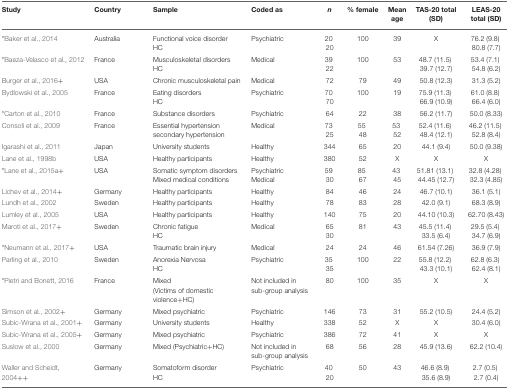
<table><thead><tr><td><b>Study</b></td><td><b>Country</b></td><td><b>Sample</b></td><td><b>Coded as</b></td><td><b><i>n</i></b></td><td><b>% female</b></td><td><b>Mean age</b></td><td><b>TAS-20 total (SD)</b></td><td><b>LEAS-20 total (SD)</b></td></tr></thead><tbody><tr><td><sup>*</sup>Baker et al., 2014</td><td>Australia</td><td>Functional voice disorderHC</td><td>Psychiatric</td><td>2020</td><td>100</td><td>39</td><td>X</td><td>76.2 (9.8)80.8 (7.7)</td></tr><tr><td><sup>*</sup>Baeza-Velasco et al., 2012</td><td>France</td><td>Musculoskeletal disordersHC</td><td>Medical</td><td>3922</td><td>100</td><td>53</td><td>48.7 (11.5)39.7 (12.7)</td><td>53.4 (7.1)54.8 (6.2)</td></tr><tr><td>Burger et al., 2016<sup>+</sup></td><td>USA</td><td>Chronic musculoskeletal pain</td><td>Medical</td><td>72</td><td>79</td><td>49</td><td>50.8 (12.3)</td><td>31.3 (5.2)</td></tr><tr><td>Bydlowski et al., 2005</td><td>France</td><td>Eating disordersHC</td><td>Psychiatric</td><td>7070</td><td>100</td><td>19</td><td>75.9 (11.3)66.9 (10.9)</td><td>61.0 (8.8)66.4 (6.0)</td></tr><tr><td><sup>*</sup>Carton et al., 2010</td><td>France</td><td>Substance disorders</td><td>Psychiatric</td><td>64</td><td>22</td><td>38</td><td>56.2 (11.7)</td><td>50.0 (8.33)</td></tr><tr><td>Consoli et al., 2009</td><td>France</td><td>Essential hypertension secondary hypertension</td><td>Medical</td><td>7325</td><td>5548</td><td>5352</td><td>52.4 (11.6)48.4 (12.1)</td><td>46.2 (11.5)52.8 (8.4)</td></tr><tr><td>Igarashi et al., 2011</td><td>Japan</td><td>University students</td><td>Healthy</td><td>344</td><td>65</td><td>20</td><td>44.1 (9.4)</td><td>50.0 (9.38)</td></tr><tr><td>Lane et al., 1998b</td><td>USA</td><td>Healthy participants</td><td>Healthy</td><td>380</td><td>52</td><td>X</td><td>X</td><td>X</td></tr><tr><td><sup>*</sup>Lane et al., 2015a<sup>+</sup></td><td>USA</td><td>Somatic symptom disordersMixed medical conditions</td><td>PsychiatricMedical</td><td>5930</td><td>8567</td><td>4345</td><td>51.81 (13.1)44.45 (12.7)</td><td>32.8 (4.28)32.3 (4.85)</td></tr><tr><td>Lichev et al., 2014<sup>+</sup></td><td>Germany</td><td>Healthy participants</td><td>Healthy</td><td>84</td><td>46</td><td>24</td><td>46.7 (10.1)</td><td>36.1 (5.1)</td></tr><tr><td>Lundh et al., 2002</td><td>Sweden</td><td>Healthy participants</td><td>Healthy</td><td>78</td><td>83</td><td>28</td><td>42.0 (9.1)</td><td>68.3 (8.9)</td></tr><tr><td>Lumley et al., 2005</td><td>USA</td><td>Healthy participants</td><td>Healthy</td><td>140</td><td>75</td><td>20</td><td>44.10 (10.3)</td><td>62.70 (8.43)</td></tr><tr><td>Maroti et al., 2017<sup>+</sup></td><td>Sweden</td><td>Chronic fatigueHC</td><td>Medical</td><td>65 30</td><td>81</td><td>43</td><td>45.5 (11.4)33.5 (6.4)</td><td>29.5 (5.4)34.7 (6.9)</td></tr><tr><td><sup>*</sup>Neumann et al., 2017<sup>+</sup></td><td>USA</td><td>Traumatic brain injury</td><td>Medical</td><td>24</td><td>24</td><td>46</td><td>61.54 (7.26)</td><td>36.9 (7.9)</td></tr><tr><td>Parling et al., 2010</td><td>Sweden</td><td>Anorexia NervosaHC</td><td>Psychiatric</td><td>3535</td><td>100</td><td>22</td><td>55.8 (12.2)43.3 (10.1)</td><td>62.8 (6.3)62.4 (8.1)</td></tr><tr><td><sup>*</sup>Pietri and Bonett, 2016</td><td>France</td><td>Mixed(Victims of domestic violence+HC)</td><td>Not included in sub-group analysis</td><td>80</td><td>100</td><td>35</td><td>X</td><td>X</td></tr><tr><td>Simson et al., 2002<sup>+</sup></td><td>Germany</td><td>Mixed psychiatric</td><td>Psychiatric</td><td>146</td><td>73</td><td>31</td><td>55.2 (10.5)</td><td>24.4 (5.2)</td></tr><tr><td>Subic-Wrana et al., 2001<sup>+</sup></td><td>Germany</td><td>University students</td><td>Healthy</td><td>338</td><td>52</td><td>X</td><td>X</td><td>30.4 (6.0)</td></tr><tr><td>Subic-Wrana et al., 2005<sup>+</sup></td><td>Germany</td><td>Mixed psychiatric</td><td>Psychiatric</td><td>386</td><td>72</td><td>41</td><td>X</td><td>X</td></tr><tr><td>Suslow et al., 2000</td><td>Germany</td><td>Mixed (Psychiatric+HC)</td><td>Not included in sub-group analysis</td><td>68</td><td>56</td><td>28</td><td>45.9 (13.6)</td><td>62.2 (10.4)</td></tr><tr><td>Waller and Scheidt, 2004<sup>++</sup></td><td>Germany</td><td>Somatoform disorderHC</td><td>Psychiatric</td><td>4020</td><td>50</td><td>43</td><td>46.6 (8.9)35.6 (8.9)</td><td>2.7 (0.5)2.7 (0.4)</td></tr></tbody></table>